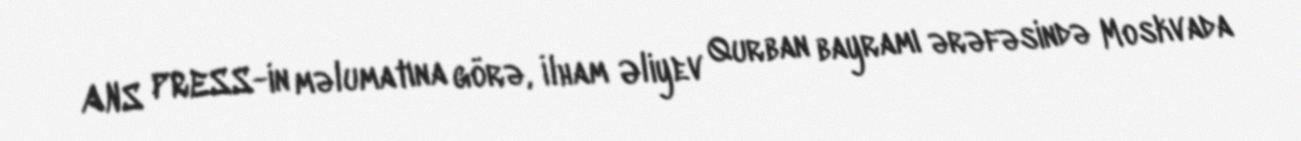
ANS PRESS-in məlumatına görə, İlham Əliyev Qurban bayramı ərəfəsində Moskvada